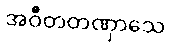
အဝီတတဏှာသေ